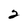
Character: 2